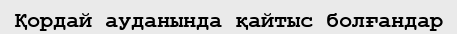
Қордай ауданында қайтыс болғандар